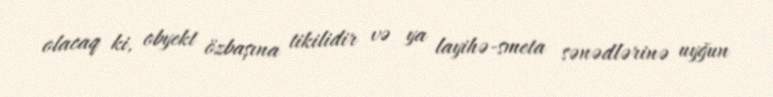
olacaq ki, obyekt özbaşına tikilidir və ya layihə-smeta sənədlərinə uyğun